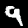
Digit: 9